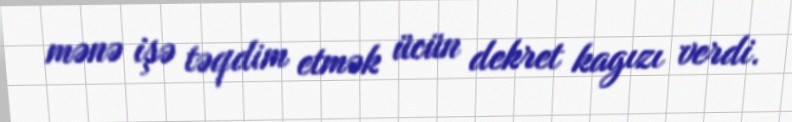
mənə işə təqdim etmək ücün dekret kagızı verdi.